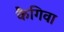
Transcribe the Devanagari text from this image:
कैगिवा